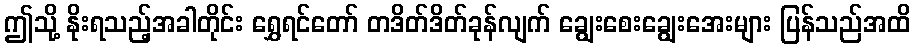
ဤသို့ နိုးရသည့်အခါတိုင်း ရွှေရင်တော် တဒိတ်ဒိတ်ခုန်လျက် ချွေးစေးချွေးအေးများ ပြန်သည်အထိ